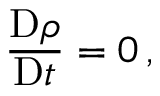
{ \frac { \mathrm { D } \rho } { \mathrm { D } t } } = 0 \, ,